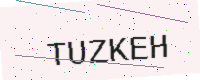
Text: TUZKEH